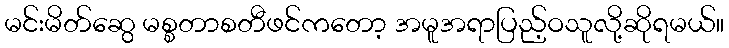
မင်းမိတ်ဆွေ မစ္စတာစတီဖင်ကတော့ အမူအရာပြည့်ဝသူလို့ဆိုရမယ်။